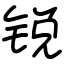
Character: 锐